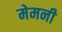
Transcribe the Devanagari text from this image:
मेमनी